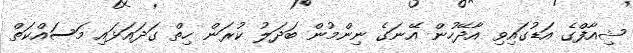
ޝިއާފްގެ އަޑުގައިވި އާދޭހުން އޭނަގެ ނިންމުން ބަދަލު ކުރަން ހިތް ގަދައަޅައި މަސައްކަތް